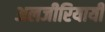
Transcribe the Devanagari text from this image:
अलजीरियायी